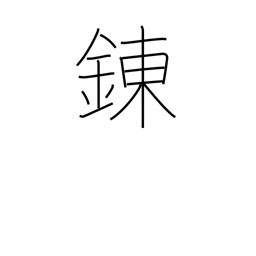
Meaning: tempering